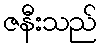
ဇနီးသည်